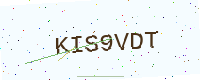
Text: KIS9VDT